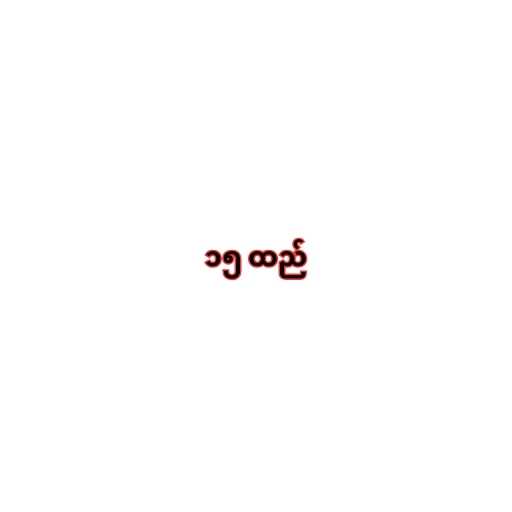
၁၅ ထည်